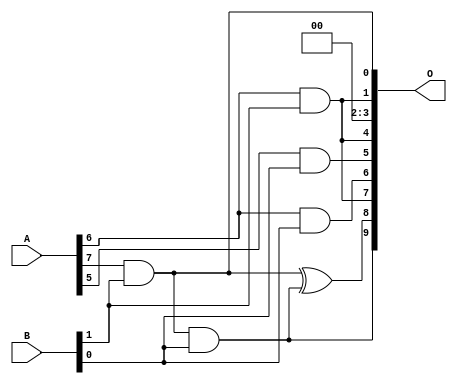
// This program was cloned from: https://github.com/ehw-fit/evoapproxlib
// License: MIT License

/***
* This code is a part of EvoApproxLib library (ehw.fit.vutbr.cz/approxlib) distributed under The MIT License.
* When used, please cite the following article(s): V. Mrazek, L. Sekanina, Z. Vasicek "Libraries of Approximate Circuits: Automated Design and Application in CNN Accelerators" IEEE Journal on Emerging and Selected Topics in Circuits and Systems, Vol 10, No 4, 2020 
* This file contains a circuit from a sub-set of pareto optimal circuits with respect to the pwr and wce parameters
***/
// MAE% = 4.90 %
// MAE = 50 
// WCE% = 15.53 %
// WCE = 159 
// WCRE% = 100.00 %
// EP% = 74.22 %
// MRE% = 43.01 %
// MSE = 5217 
// PDK45_PWR = 0.0021 mW
// PDK45_AREA = 15.5 um2
// PDK45_DELAY = 0.10 ns

module mul8x2u_0XM (
    A,
    B,
    O
);

input [7:0] A;
input [1:0] B;
output [9:0] O;

wire sig_38,sig_51,sig_52,sig_69,sig_74,sig_78,sig_92;

assign sig_38 = A[6] & B[1];
assign sig_51 = A[6] & B[0];
assign sig_52 = A[7] & B[1];
assign sig_69 = sig_52 & B[0];
assign sig_74 = A[5] & B[0];
assign sig_78 = B[1] & A[7];
assign sig_92 = sig_78 ^ sig_69;

assign O[9] = sig_69;
assign O[8] = sig_92;
assign O[7] = sig_38;
assign O[6] = sig_51;
assign O[5] = sig_74;
assign O[4] = sig_38;
assign O[3] = 1'b0;
assign O[2] = 1'b0;
assign O[1] = sig_38;
assign O[0] = sig_78;

endmodule